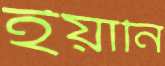
ইয়ানি